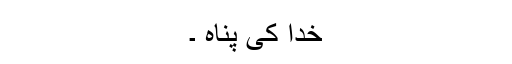
خدا کی پناہ ۔